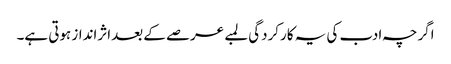
اگرچہ ادب کی یہ کارکردگی لمبے عرصے کے بعداثرانداز ہوتی ہے۔